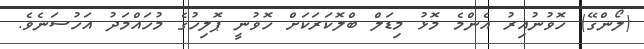
(ލޯންގޭ) ހޮވުނުއިރު އެންމެ މޮޅު މިޑަލް ބްލޮކަރަކަށް ހޮވުނީ ޕޮލިހުގެ މުހައްމަދު އަހުސަނެވެ.